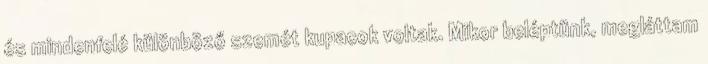
és mindenfelé különböző szemét kupacok voltak. Mikor beléptünk, megláttam